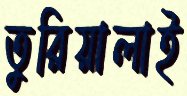
তুরিয়ালাই